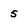
Character: 5